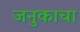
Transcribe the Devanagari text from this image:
जनुकाचा